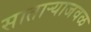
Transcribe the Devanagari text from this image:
साताऱ्याजवळ